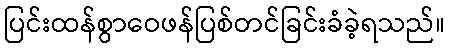
ပြင်းထန်စွာဝေဖန်ပြစ်တင်ခြင်းခံခဲ့ရသည်။